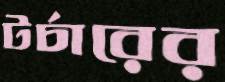
টর্চারের